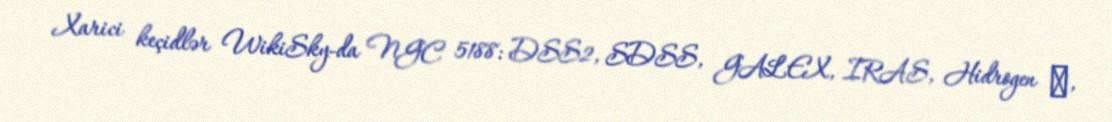
Xarici keçidlər WikiSky-da NGC 5188: DSS2, SDSS, GALEX, IRAS, Hidrogen α,